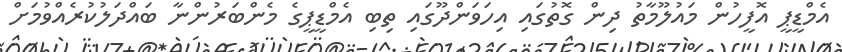
އެމްޑީޕީ އޮފީހުން މައުލޫމާތު ދިން ގޮތުގައި އިހަވަންދޫގައި ތިބި އެމްޑީޕީގެ މެންބަރުންނާ ބައްދަލުކުރެއްވުމަށް